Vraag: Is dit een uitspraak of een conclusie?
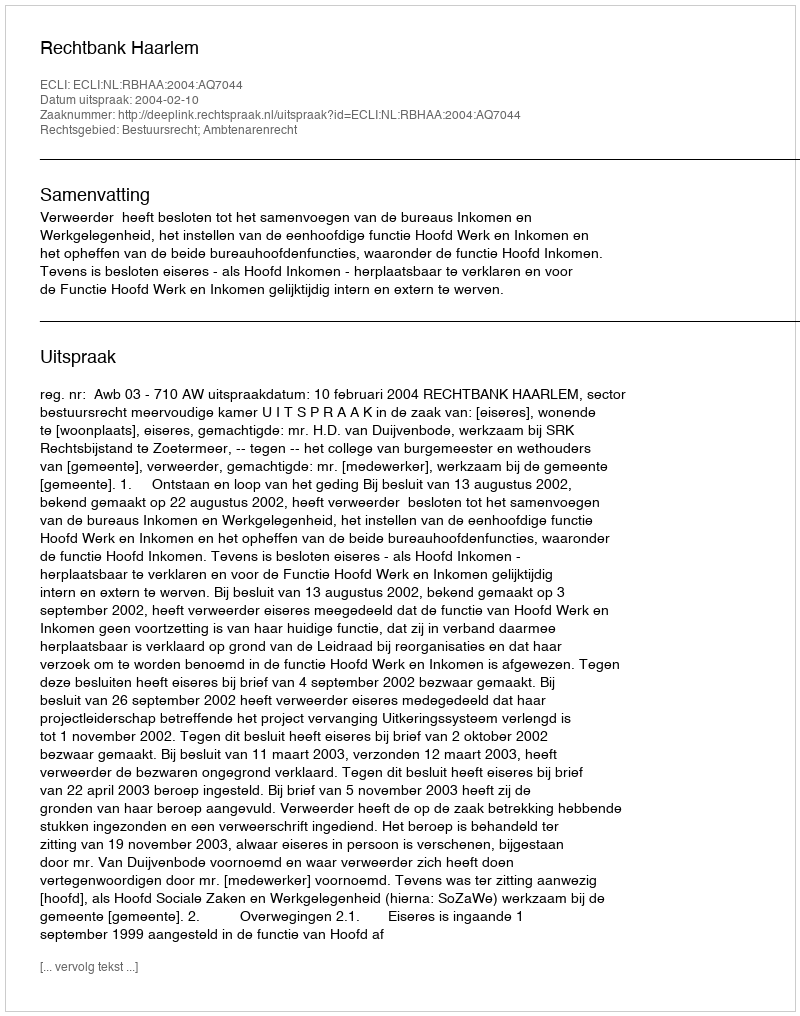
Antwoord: Uitspraak